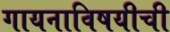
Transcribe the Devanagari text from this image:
गायनाविषयीची